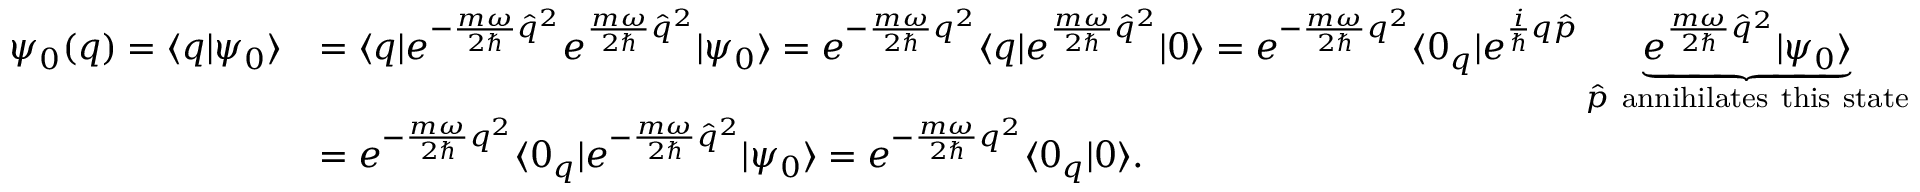
\begin{array} { r l } { \psi _ { 0 } ( q ) = \langle q | \psi _ { 0 } \rangle } & { = \langle q | e ^ { - \frac { m \omega } { 2 \hbar } \hat { q } ^ { 2 } } e ^ { \frac { m \omega } { 2 \hbar } \hat { q } ^ { 2 } } | \psi _ { 0 } \rangle = e ^ { - \frac { m \omega } { 2 \hbar } q ^ { 2 } } \langle q | e ^ { \frac { m \omega } { 2 \hbar } \hat { q } ^ { 2 } } | 0 \rangle = e ^ { - \frac { m \omega } { 2 \hbar } q ^ { 2 } } \langle 0 _ { q } | e ^ { \frac { i } { \hbar } q \hat { p } } \underbrace { e ^ { \frac { m \omega } { 2 \hbar } \hat { q } ^ { 2 } } | \psi _ { 0 } \rangle } _ { \hat { p } ~ \mathrm { a n n i h i l a t e s ~ t h i s ~ s t a t e } } } \\ & { = e ^ { - \frac { m \omega } { 2 \hbar } q ^ { 2 } } \langle 0 _ { q } | e ^ { - \frac { m \omega } { 2 \hbar } \hat { q } ^ { 2 } } | \psi _ { 0 } \rangle = e ^ { - \frac { m \omega } { 2 \hbar } q ^ { 2 } } \langle 0 _ { q } | 0 \rangle . } \end{array}